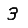
Digit: 3